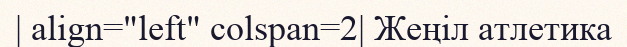
| align="left" colspan=2| Жеңіл атлетика